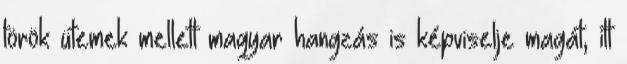
török ütemek mellett magyar hangzás is képviselje magát, itt